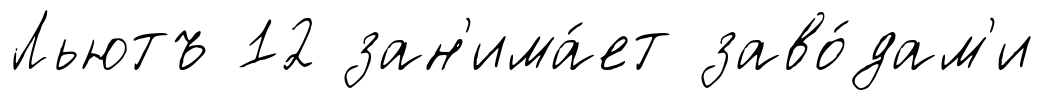
Льютъ 12 зан'има́ет заво́дам'и